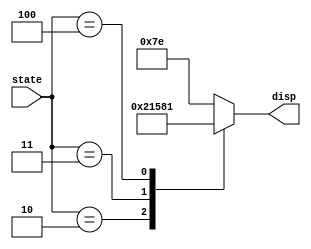
module hex7seg(state, disp);
	input [2:0] state;
	output reg [6:0] disp;
	// Update whenever state is updated
	always @(state)
	begin
		case (state)
			// 010 = 2 -> alarm: 'A'
			3'b010: disp = 7'b0001000;
			// 011 = 3 -> new password: 'n'
			3'b011: disp = 7'b0101011;
			// 100 = 4 -> open: 'O'
			3'b100: disp = 7'b0000001;
			// default state: '-' 
			default: disp = 7'b1111110;
		endcase
	end
endmodule